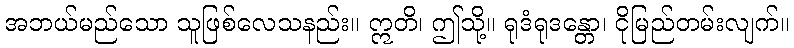
အဘယ်မည်သော သူဖြစ်လေသနည်း။ ဣတိ၊ ဤသို့။ ရုဒံရုဒန္တော၊ ငိုမြည်တမ်းလျက်။